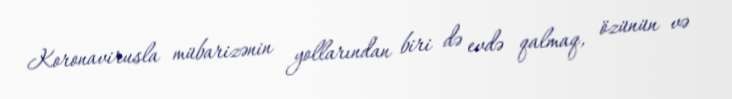
Koronavirusla mübarizənin yollarından biri də evdə qalmaq, özünün və